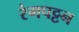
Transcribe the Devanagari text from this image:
रंगपट्टन